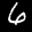
Label: 6